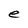
Character: e